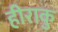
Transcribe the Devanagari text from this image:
हीराकु